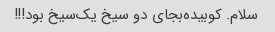
سلام‌. ‌کوبیده‌بجای دو سیخ یک‌سیخ بود!!! ‌